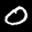
Label: 0